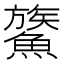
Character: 𩺯